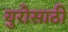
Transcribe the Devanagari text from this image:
युरोसाठी